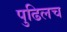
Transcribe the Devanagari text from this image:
पुढिलच